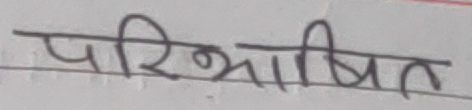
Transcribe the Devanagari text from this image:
परिभाषित